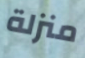
منزلة